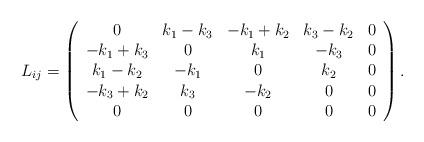
LaTeX: \begin{align*}L_{ij}=\left(\begin{array}{ccccc}0 & k_{1}-k_{3} & -k_{1}+k_{2} & k_{3}-k_{2} & 0 \\-k_{1}+k_{3} & 0 & k_{1} & -k_{3} & 0 \\k_{1}-k_{2} & -k_{1} & 0 & k_{2} & 0 \\-k_{3}+k_{2} & k_{3} & -k_{2} & 0 & 0 \\0 & 0 & 0 & 0 & 0\end{array}\right) .\end{align*}